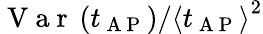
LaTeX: \mathrm{~V~a~r~}\left(t_{\mathrm{~A~P~}}\right)/\left\langle t_{\mathrm{~A~P~}}\right\rangle^{2}